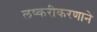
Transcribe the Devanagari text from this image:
लष्करीकरणाने